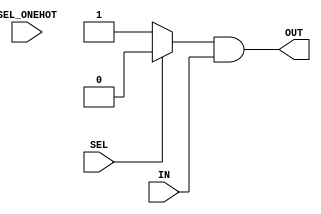
module generic_baseblocks_v2_1_0_nto1_mux #
  (
   parameter integer C_RATIO         =  1,  
   parameter integer C_SEL_WIDTH     =  1,  
   parameter integer C_DATAOUT_WIDTH =  1,  
   parameter integer C_ONEHOT        =  0   
   )
  (
   input  wire [C_RATIO-1:0]                 SEL_ONEHOT,  
   input  wire [C_SEL_WIDTH-1:0]             SEL,         
   input  wire [C_RATIO*C_DATAOUT_WIDTH-1:0] IN,          
   output wire [C_DATAOUT_WIDTH-1:0]         OUT          
   );
  wire [C_DATAOUT_WIDTH*C_RATIO-1:0] carry;
  genvar i;
  generate
    if (C_ONEHOT == 0) begin : gen_encoded
      assign carry[C_DATAOUT_WIDTH-1:0] = {C_DATAOUT_WIDTH{(SEL==0)?1'b1:1'b0}} & IN[C_DATAOUT_WIDTH-1:0];
      for (i=1;i<C_RATIO;i=i+1) begin : gen_carrychain_enc
        assign carry[(i+1)*C_DATAOUT_WIDTH-1:i*C_DATAOUT_WIDTH] = 
               carry[i*C_DATAOUT_WIDTH-1:(i-1)*C_DATAOUT_WIDTH] |
               {C_DATAOUT_WIDTH{(SEL==i)?1'b1:1'b0}} & IN[(i+1)*C_DATAOUT_WIDTH-1:i*C_DATAOUT_WIDTH];
      end
    end else begin : gen_onehot
      assign carry[C_DATAOUT_WIDTH-1:0] = {C_DATAOUT_WIDTH{SEL_ONEHOT[0]}} & IN[C_DATAOUT_WIDTH-1:0];
      for (i=1;i<C_RATIO;i=i+1) begin : gen_carrychain_hot
        assign carry[(i+1)*C_DATAOUT_WIDTH-1:i*C_DATAOUT_WIDTH] = 
               carry[i*C_DATAOUT_WIDTH-1:(i-1)*C_DATAOUT_WIDTH] |
               {C_DATAOUT_WIDTH{SEL_ONEHOT[i]}} & IN[(i+1)*C_DATAOUT_WIDTH-1:i*C_DATAOUT_WIDTH];
      end
    end
  endgenerate
  assign OUT = carry[C_DATAOUT_WIDTH*C_RATIO-1:
                     C_DATAOUT_WIDTH*(C_RATIO-1)];
endmodule